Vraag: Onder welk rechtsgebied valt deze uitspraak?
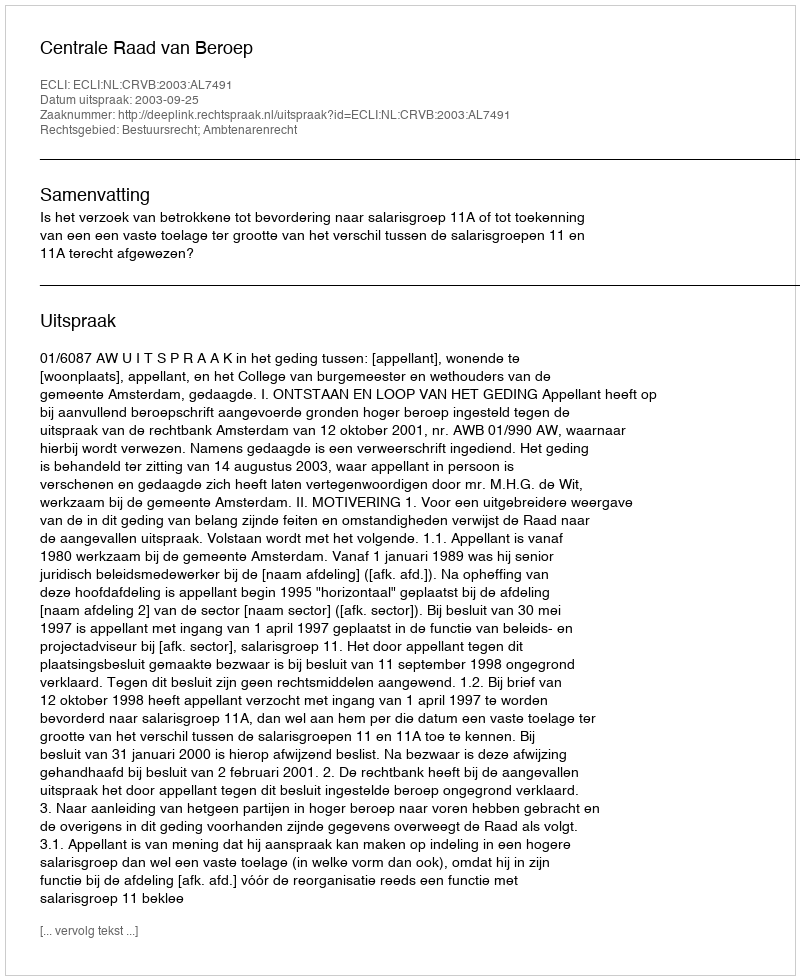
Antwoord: Bestuursrecht; Ambtenarenrecht